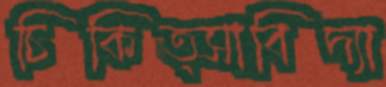
চিকিত্সাবিদ্যা